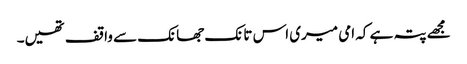
مجھے پتہ ہے کہ امی میری اس تانک جھانک سے واقف تھیں۔